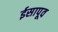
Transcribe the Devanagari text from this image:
ईसापूव